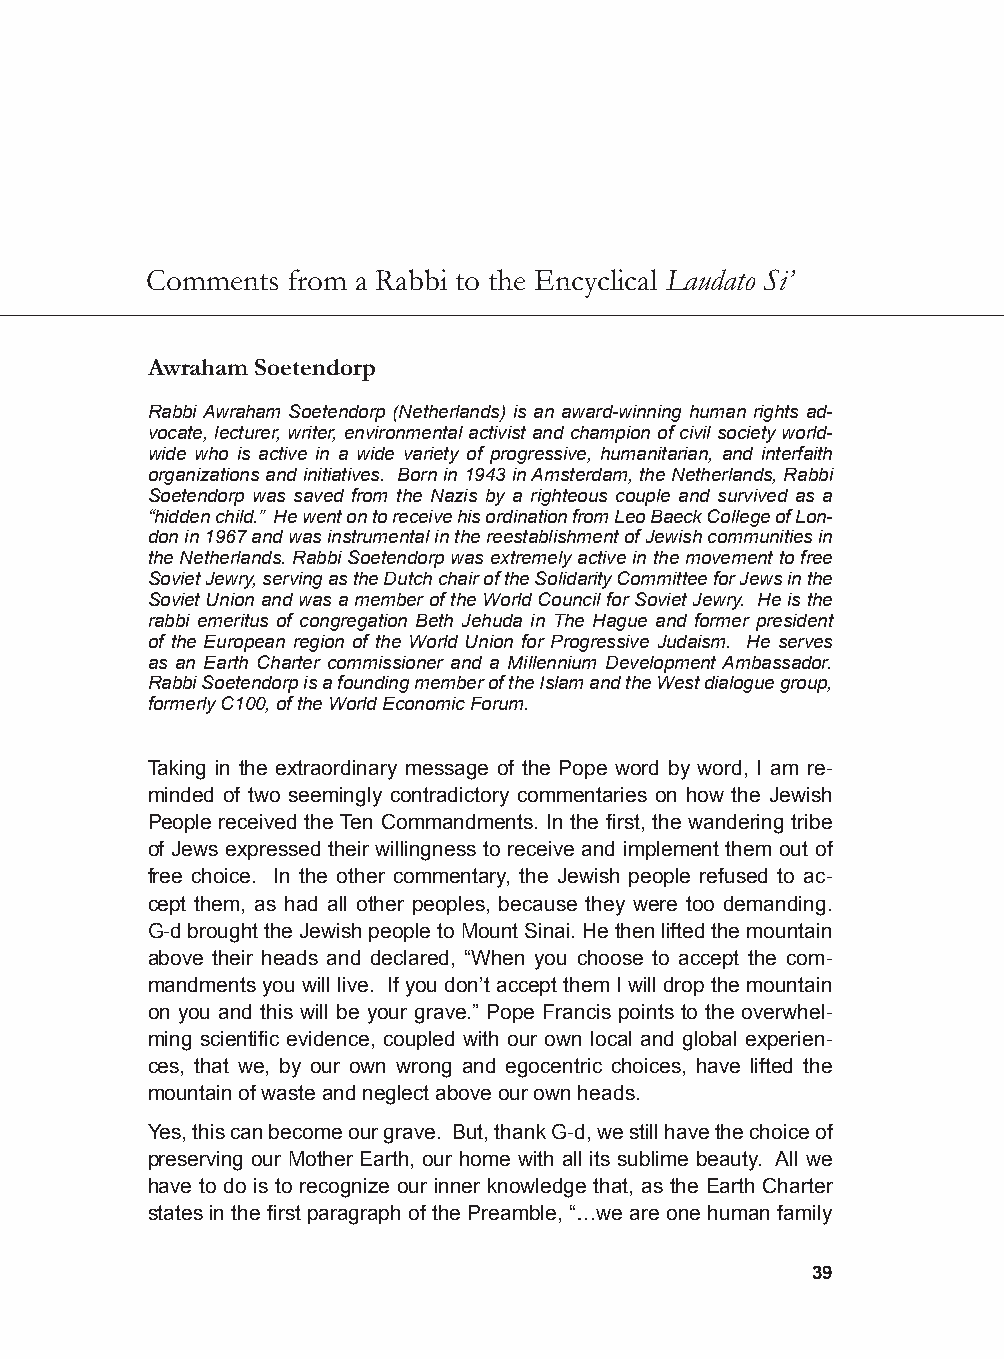
Comments from a Rabbi to the Encyclical Laudato Si’
 Awraham Soetendorp
 Rabbi Awraham Soetendorp (Netherlands) is an award-winning human rights ad-
 vocate, lecturer, writer, environmental activist and champion of civil society world-
 wide who is active in a wide variety of progressive, humanitarian, and interfaith
 organizations and initiatives. Born in 1943 in Amsterdam, the Netherlands, Rabbi
 Soetendorp was saved from the Nazis by a righteous couple and survived as a
 “hidden child.” He went on to receive his ordination from Leo Baeck College of Lon-
 don in 1967 and was instrumental in the reestablishment of Jewish communities in
 the Netherlands. Rabbi Soetendorp was extremely active in the movement to free
 Soviet Jewry, serving as the Dutch chair of the Solidarity Committee for Jews in the
 Soviet Union and was a member of the World Council for Soviet Jewry. He is the
 rabbi emeritus of congregation Beth Jehuda in The Hague and former president
 of the European region of the World Union for Progressive Judaism. He serves
 as an Earth Charter commissioner and a Millennium Development Ambassador.
 Rabbi Soetendorp is a founding member of the Islam and the West dialogue group,
 formerly C100, of the World Economic Forum.
 Taking in the extraordinary message of the Pope word by word, I am re-
 minded of two seemingly contradictory commentaries on how the Jewish
 People received the Ten Commandments. In the first, the wandering tribe
 of Jews expressed their willingness to receive and implement them out of
 free choice. In the other commentary, the Jewish people refused to ac-
 cept them, as had all other peoples, because they were too demanding.
 G-d brought the Jewish people to Mount Sinai. He then lifted the mountain
 above their heads and declared, “When you choose to accept the com-
 mandments you will live. If you don’t accept them I will drop the mountain
 on you and this will be your grave.” Pope Francis points to the overwhel-
 ming scientific evidence, coupled with our own local and global experien-
 ces, that we, by our own wrong and egocentric choices, have lifted the
 mountain of waste and neglect above our own heads.
 Yes, this can become our grave. But, thank G-d, we still have the choice of
 preserving our Mother Earth, our home with all its sublime beauty. All we
 have to do is to recognize our inner knowledge that, as the Earth Charter
 states in the first paragraph of the Preamble, “…we are one human family
 39